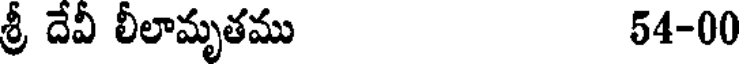
శ్రీ దేవీ లీలామృతము 54-00